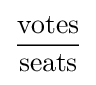
{\frac {\text{votes}}{\text{seats}}}